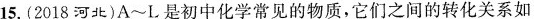
15.(2018河北)A~L是初中化学常见的物质，它们之间的转化关系如